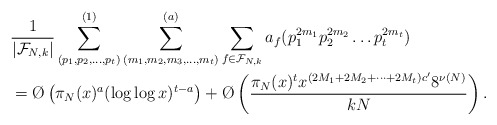
\begin{align*}& \frac{1}{|\mathcal F_{N,k}|}\sum_{(p_1,p_2,\dots ,p_t)}^{(1)}\sum_{(m_1,m_2,m_3,\dots,m_t)}^{(a)}\sum_{f \in \mathcal F_{N,k}} a_f(p_1^{2m_1}p_2^{2m_2}\dots p_t^{2m_t})\\& = \O\left(\pi_N(x)^{a}(\log \log x)^{t-a} \right)+ \O\left(\frac{\pi_N(x)^t x^{(2M_1 + 2M_2 + \dots + 2M_t)c'}8^{\nu(N)}}{k{N}}\right).\end{align*}